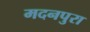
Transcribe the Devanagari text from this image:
मदनपुरा